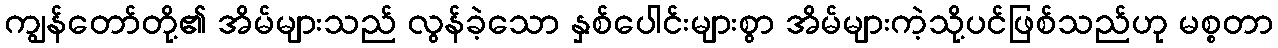
ကျွန်တော်တို့၏ အိမ်များသည် လွန်ခဲ့သော နှစ်ပေါင်းများစွာ အိမ်များကဲ့သို့ပင်ဖြစ်သည်ဟု မစ္စတာ